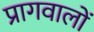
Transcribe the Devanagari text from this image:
प्रागवालों